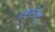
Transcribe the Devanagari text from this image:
ढंकागिरि